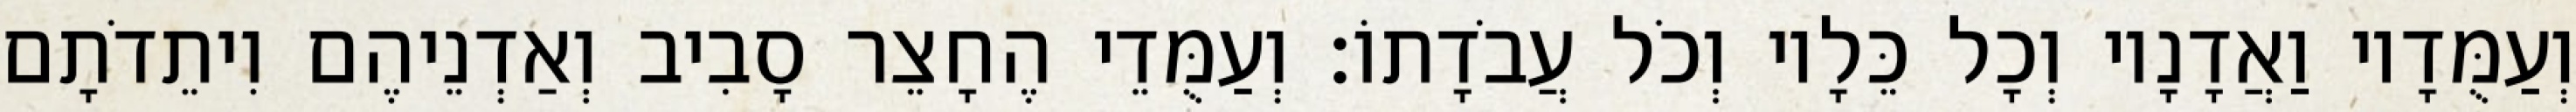
וְעַמֻּדָיו וַאֲדָנָיו וְכָל כֵּלָיו וְכֹל עֲבֹדָתוֹ׃ וְעַמֻּדֵי הֶחָצֵר סָבִיב וְאַדְנֵיהֶם וִיתֵדֹתָם